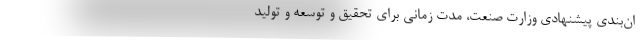
ان‌بندی پیشنهادی وزارت صنعت، مدت زمانی برای تحقیق و توسعه و تولید